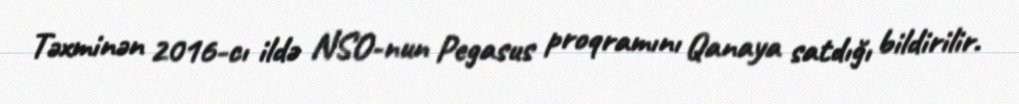
Təxminən 2016-cı ildə NSO-nun Pegasus proqramını Qanaya satdığı bildirilir.